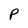
Character: P